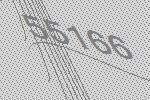
55166